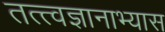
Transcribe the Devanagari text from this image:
तत्त्वज्ञानाभ्यास